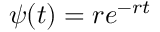
\psi ( t ) = r e ^ { - r t }